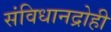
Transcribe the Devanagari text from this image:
संविधानद्रोही